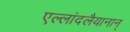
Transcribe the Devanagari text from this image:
एल्लांदलैयानान्